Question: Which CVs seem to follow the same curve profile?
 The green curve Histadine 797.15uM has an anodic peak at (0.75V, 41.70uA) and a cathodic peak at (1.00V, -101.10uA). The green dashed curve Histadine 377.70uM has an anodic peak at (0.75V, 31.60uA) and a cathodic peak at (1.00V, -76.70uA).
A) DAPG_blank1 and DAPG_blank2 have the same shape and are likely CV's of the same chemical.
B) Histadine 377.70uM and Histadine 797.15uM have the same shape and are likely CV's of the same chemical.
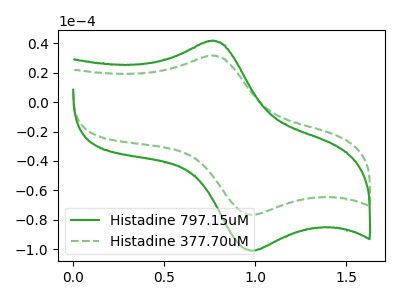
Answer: <think>All the peaks in "Histadine 797.15uM" have a peak in "Histadine 377.70uM" at the same potential. Every peak in "Histadine 797.15uM" is higher than every peak in "Histadine 377.70uM".
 </think>
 <answer>B) "Histadine 377.70uM" and "Histadine 797.15uM" have the same shape and are likely CV's of the same chemical.</answer>
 <eval>B</eval>